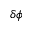
\delta \phi